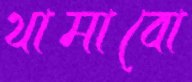
থামাবো